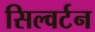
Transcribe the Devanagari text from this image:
सिल्वर्टन